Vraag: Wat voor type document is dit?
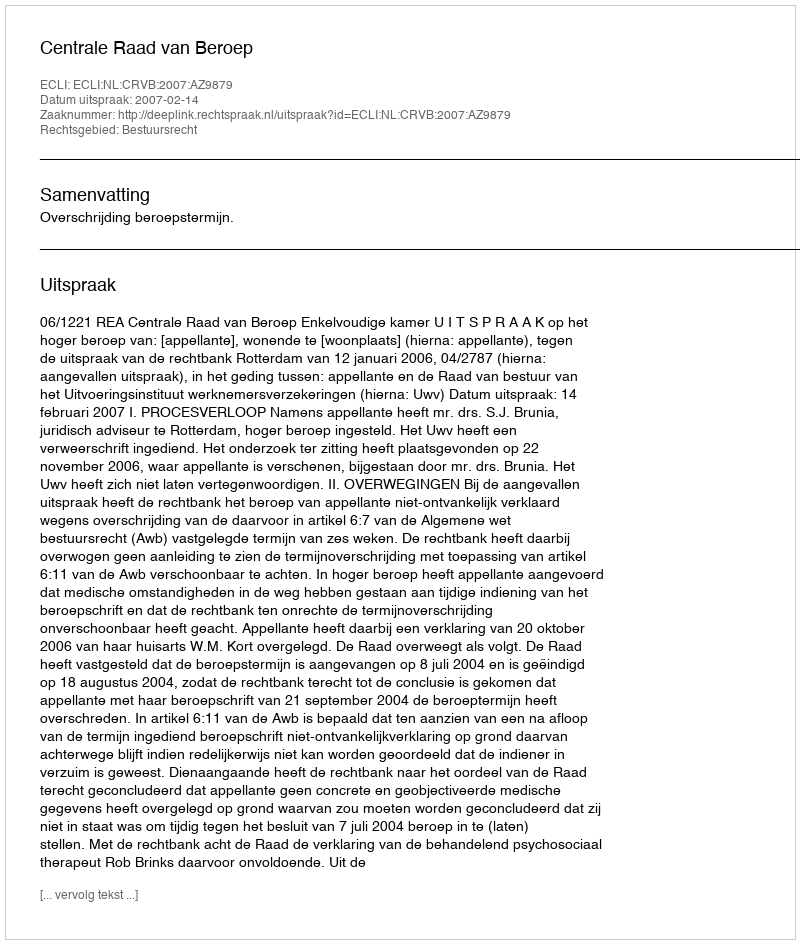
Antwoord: Uitspraak